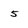
Character: 5